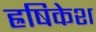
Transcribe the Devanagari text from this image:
ह्रषिकेश